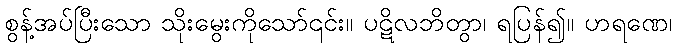
စွန့်အပ်ပြီးသော သိုးမွေးကိုသော်၎င်း။ ပဋိလဘိတွာ၊ ရပြန်၍။ ဟရဏေ၊